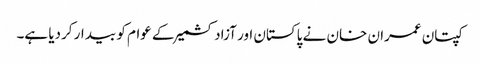
کپتان عمران خان نے پاکستان اور آزادکشمیر کے عوام کو بیدار کردیا ہے۔